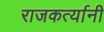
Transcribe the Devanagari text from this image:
राजकर्त्यानी